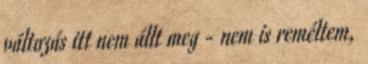
változás itt nem állt meg - nem is reméltem,